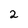
Character: 2